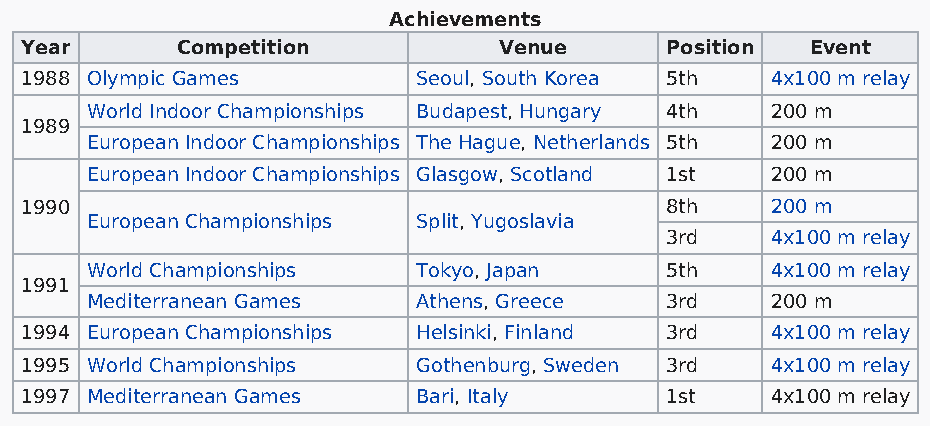
Achievements
 Year       Competition          Venue      Position  Event
 1988 Olympic Games         Seoul, South Korea 5th 4x100 m relay
 World Indoor Championships Budapest, Hungary 4th 200 m
 1989
 European Indoor Championships The Hague, Netherlands 5th 200 m
 European Indoor Championships Glasgow, Scotland 1st 200 m
 1990                                       8th    200 m
 European Championships Split, Yugoslavia
 3rd    4x100 m relay
 World Championships   Tokyo, Japan    5th    4x100 m relay
 1991
 Mediterranean Games   Athens, Greece  3rd    200 m
 1994 European Championships Helsinki, Finland 3rd 4x100 m relay
 1995 World Championships   Gothenburg, Sweden 3rd 4x100 m relay
 1997 Mediterranean Games   Bari, Italy     1st    4x100 m relay